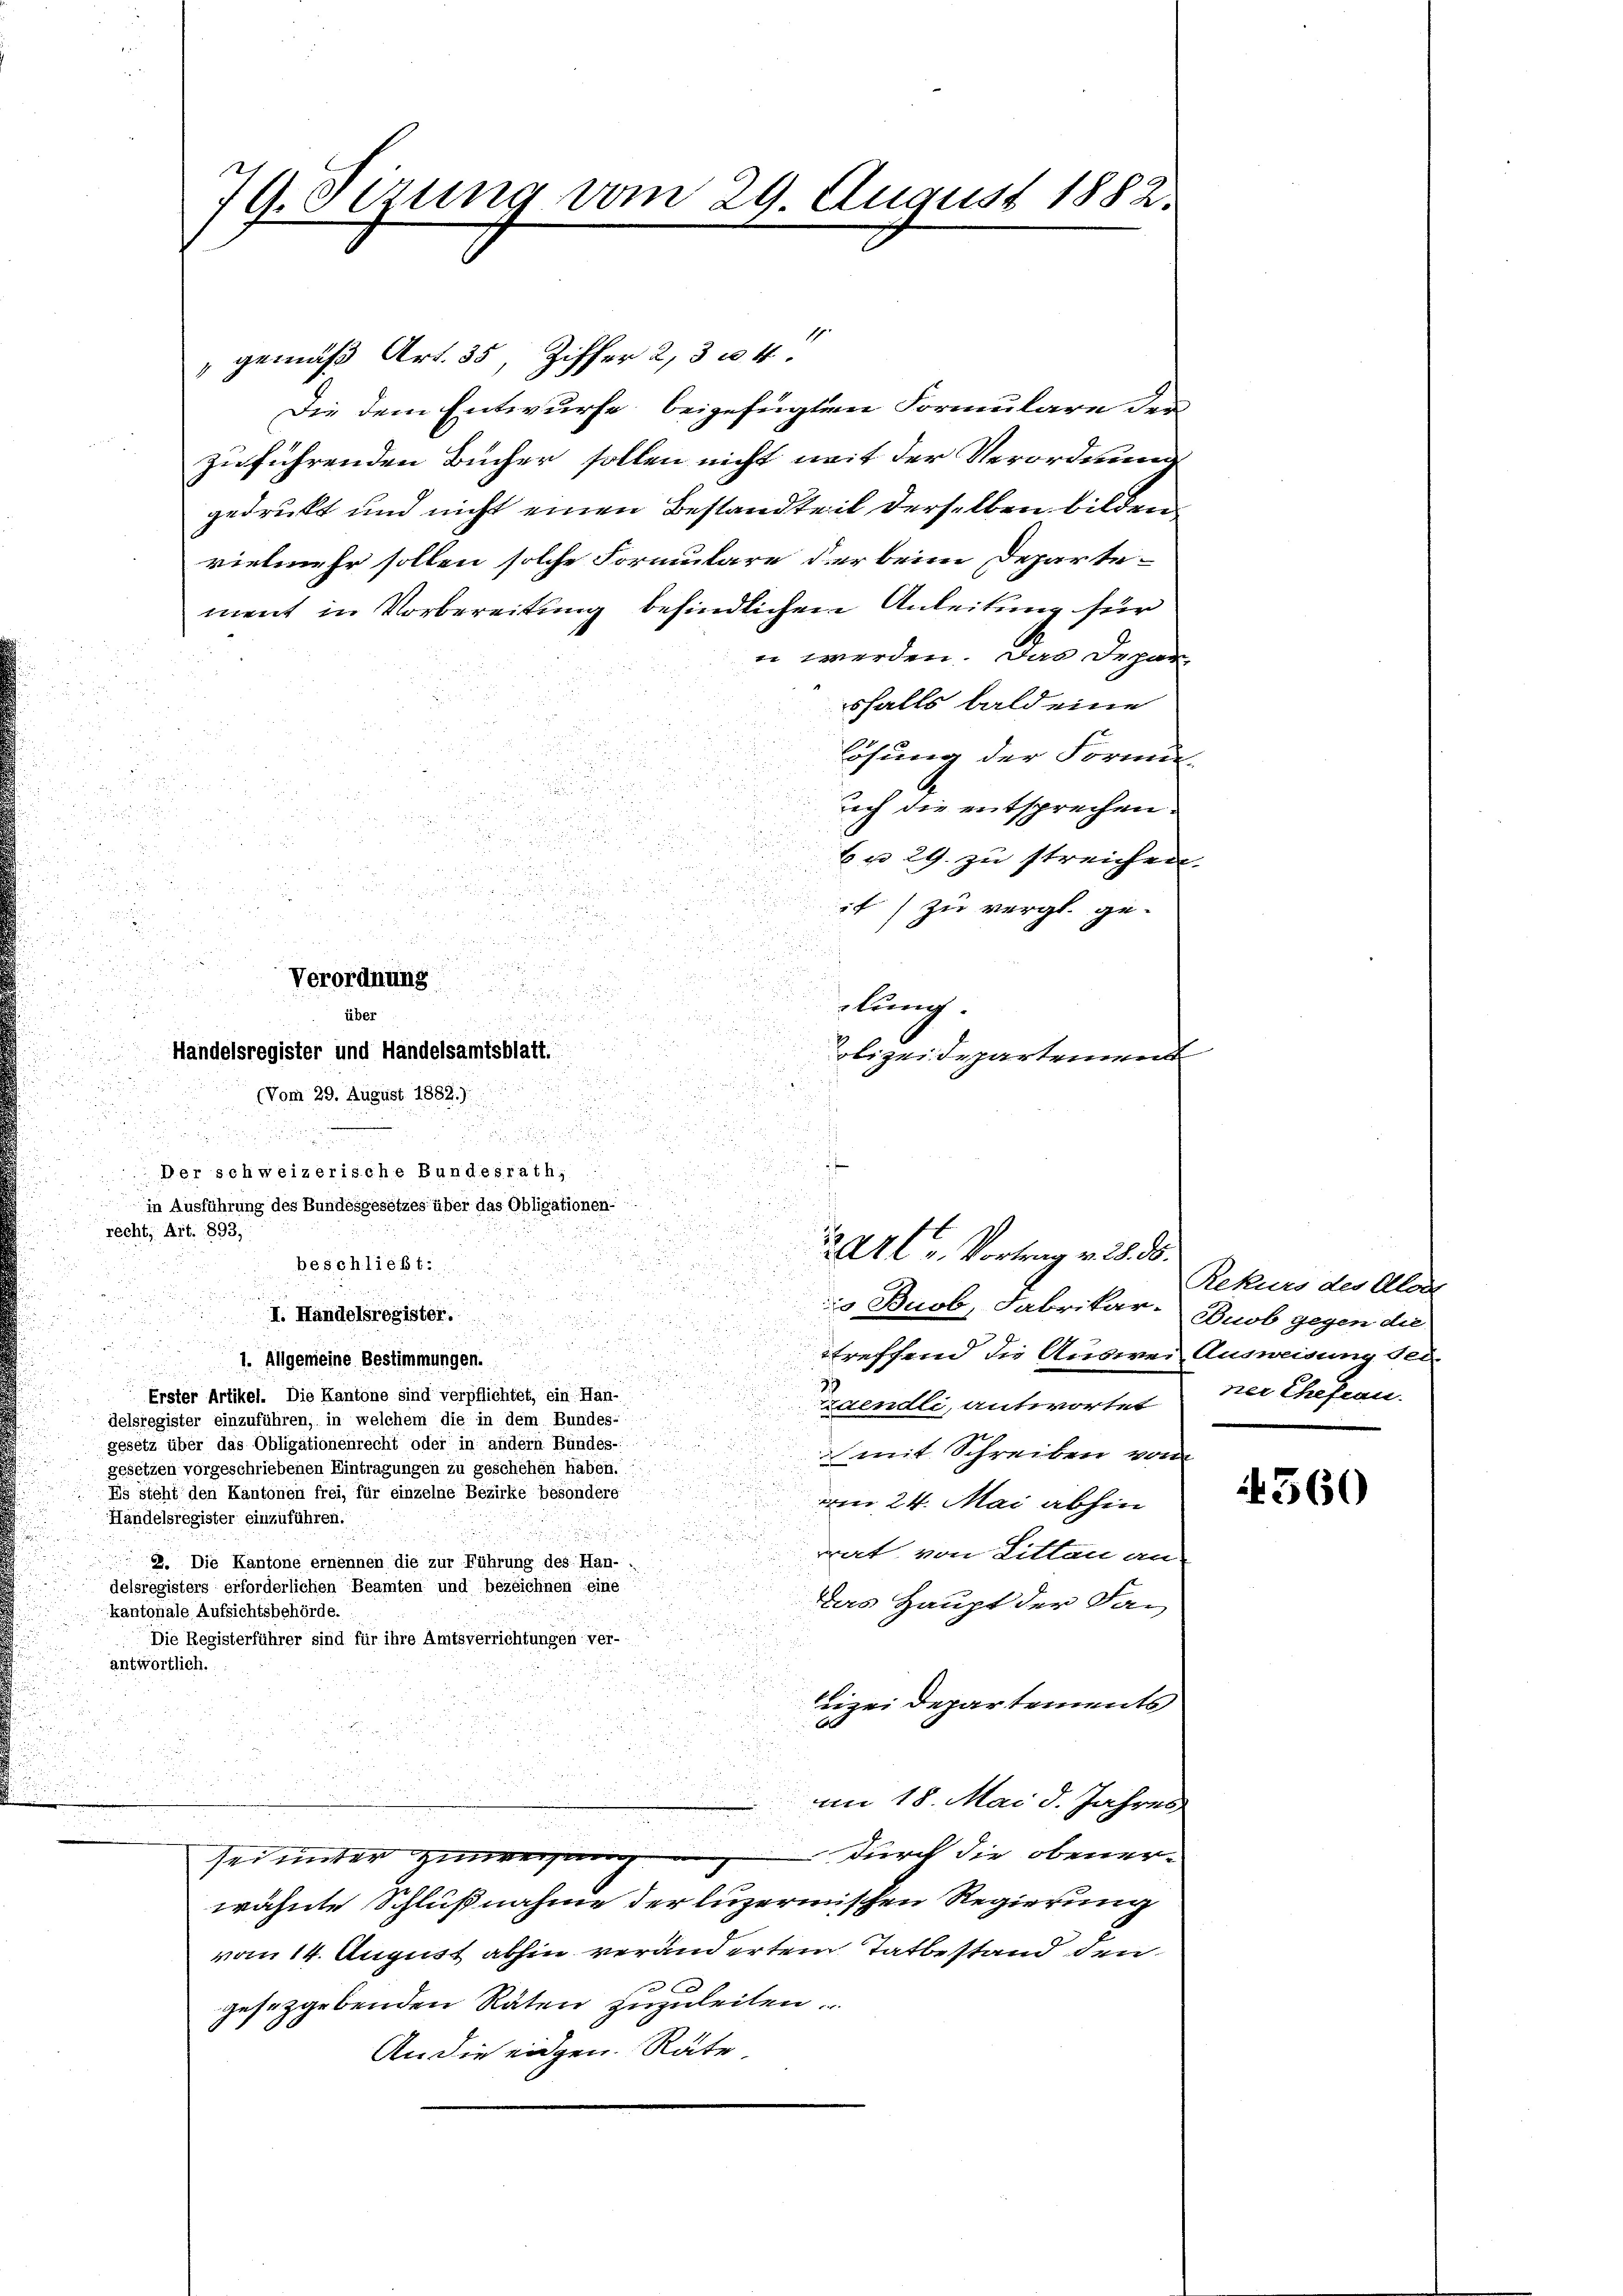
G.Oerung vom 29. August 1882.

Der schweizerische Bundesrath,
in Ausführung des Bundesgesetzes über das Obligationen-
u
recht, Art. 893,
beschließt:

gemäß Art. 35, Ziffer 2, 3 u. 4.
Die dem Entwurfe beigefügten Formulare der
zuführenden Bücher sollen nicht mit der Verordnung
gedruckt und nicht einen Bestandteil derselben bilden
vielmehr sollen solche Formulare der beim Departement in Vorbereitung befindlichen Anleitung für
e werden. Das Depar-
sfalls bald eine
Lösung der Formun
doch die entsprechen.
6 u. 29. zu streichen.
u

it zu vergl. ge-
 2

i

2

Verordnung
u
lung.
über
d das
Handelsregister und Handelsamtsblatt.
olizeideparteinen

d
(Vom 29. August 1882.)

I. Handelsregister.

.

¬
224 u. Vortrag v. 28. 38.

u
d
u

io Buob, Fabrikar-Duob gegen die
.
.
a
u
r
treffend die Auswei Ausweisung des
1. Allgemeine Bestimmungen.
i

Erster Artikel. Die Kantone sind verpflichtet, ein Han-
zaendli, antwortet
¬
delsregister einzuführen, in welchem die in dem Bundes-
gesetz über das Obligationenrecht oder in andern Bündes-
mit Schreiben vom
gesetzen vorgeschriebenen Eintragungen zu geschehen haben.
Es steht den Kantonen frei, für einzelne Bezirke besondere
am 24. Mai abhin
Handelsregister einzuführen.
rat, von Litten an
9. Die Kantone ernennen die zur Führung des Han-
delsregisters erforderlichen Beamten und bezeichnen eine
Das Haupt der San
kantonale Aufsichtsbehörde.
Die Registerführer sind für ihre Amtsverrichtungen ver-
antwortlich.
lizei Departements
i
im 18. Mai d. Jahres
durch die obener-
sei unter Zuneigung
wähnte Schlußnahme der luzernischen Regierung
vom 14. August abhin veränderten Tatbestand den
gesetzgebenden Räten zuzuleiten.
An die eidgen. Räte

Rekurs des Alode
ner Ehefrau.

4560